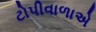
ટોપીવાળાએ